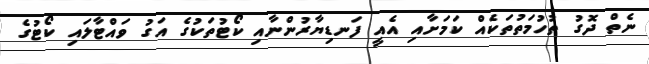
ނެތް ދޮގު ތުހުމަތުތަކެއް ކަމަށާއި އެއީ ފަނޑިޔާރުންނާއި ކޯޓުތަކުގެ އަގު ވައްްޓާލައި ކޯޓުގެ